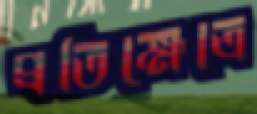
প্রতিক্ষেত্রে